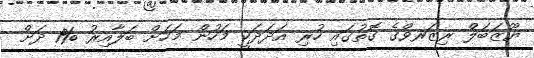
ޔޫޒަބަލް ރިޒަރވްގެ ގޮތުގައި ހުރި އަދަދަކީ މަހުން މަހަށް ބަލާއިރު %1 ދަށް